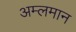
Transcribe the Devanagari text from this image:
अम्लमान